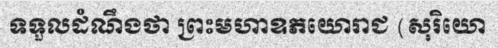
ទទួលដំណឹងថា ព្រះមហាឧភយោរាជ (សុរិយោ